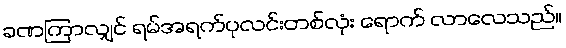
ခဏကြာလျှင် ရမ်အရက်ပုလင်းတစ်လုံး ရောက် လာလေသည်။